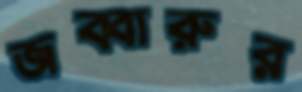
জব্বারুর